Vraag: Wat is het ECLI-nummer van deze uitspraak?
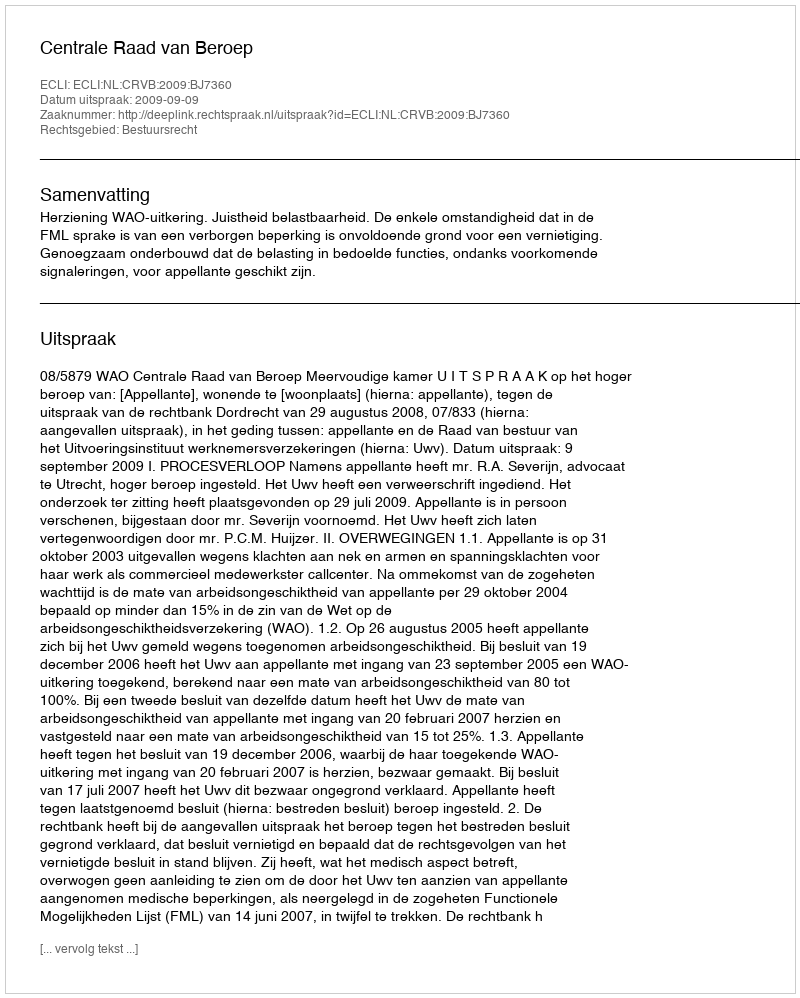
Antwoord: ECLI:NL:CRVB:2009:BJ7360